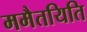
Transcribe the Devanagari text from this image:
ममैतयिति